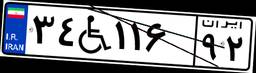
۳۴W۱۱۶۹۲